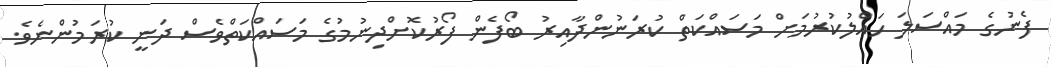
ފެނުގެ މައްސަލަ ހައްލުކުރުމަށް މަސައްކަތް ކުރަނުންދާއިރު ބޯފެން ފޯރުކޮށްދިނުމުގެ މަސައްކަތްވެސް ދަނީ ކުރަމުންނެވެ.